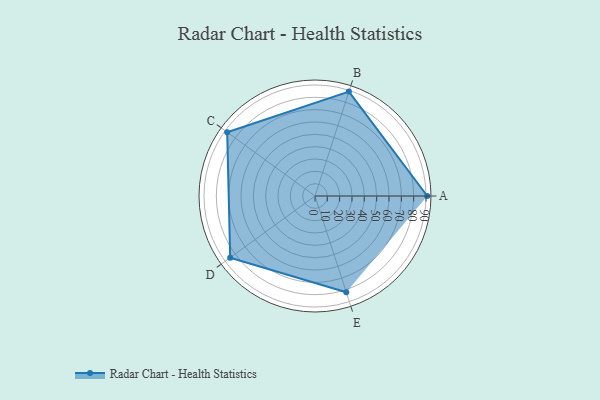
{"axis": {"x": "Skill", "y": "Score"}, "legend": ["Profile"], "data": [{"x": "A", "y": 91.0, "type": "Profile"}, {"x": "B", "y": 89.0, "type": "Profile"}, {"x": "C", "y": 88.0, "type": "Profile"}, {"x": "D", "y": 85.0, "type": "Profile"}, {"x": "E", "y": 82.0, "type": "Profile"}]}